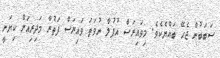
ސަބަބުން ޖެހޭ ބައްޔެކެވެ. މިވައިރަސް އުފުލާ ނުވަތަ ވައިރަސް ފަތުރާ މަދިރިއަށް ކިޔަނީ